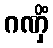
ဂဏှိံ